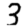
Digit: 3